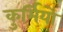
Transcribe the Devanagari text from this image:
कुर्मियो